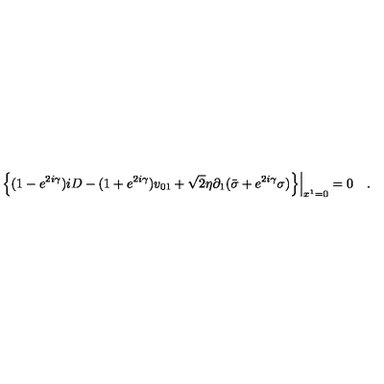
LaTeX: \left. \left\{ ( 1 - e ^ { 2 i \gamma } ) i D - ( 1 + e ^ { 2 i \gamma } ) v _ { 0 1 } + { \sqrt 2 } \eta \partial _ { 1 } ( { \bar { \sigma } } + e ^ { 2 i \gamma } \sigma ) \right\} \right| _ { x ^ { 1 } = 0 } = 0 \quad .